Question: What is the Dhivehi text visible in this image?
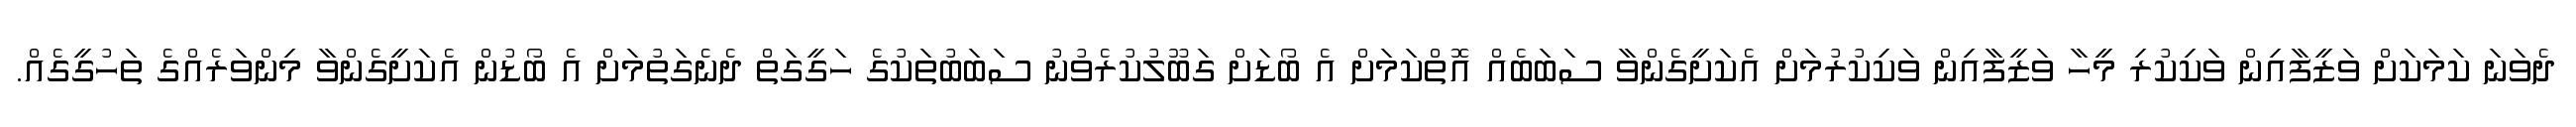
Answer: ދެވަނަ ކަމަކަށް ވަޒީފާއިން ވަކިކުރި މީހާ ވަޒީފާއިން ވަކިކުރުމަށް އެކަށީގެންވާ ސަބަބެއް އޮތްކަމަށް އެ ބޯޑަށް ގަބޫލުކުރެވުނު ސަބަބުތަކުގެ ހަގީގަތް ދެނެގަތުމަށް އެ ބޯޑުން އެކަށީގެންވާ މިންވަރެއްގެ ތަހުގީގެއް.